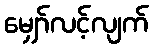
မျှော်လင့်လျက်